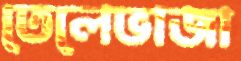
তেলেভাজা